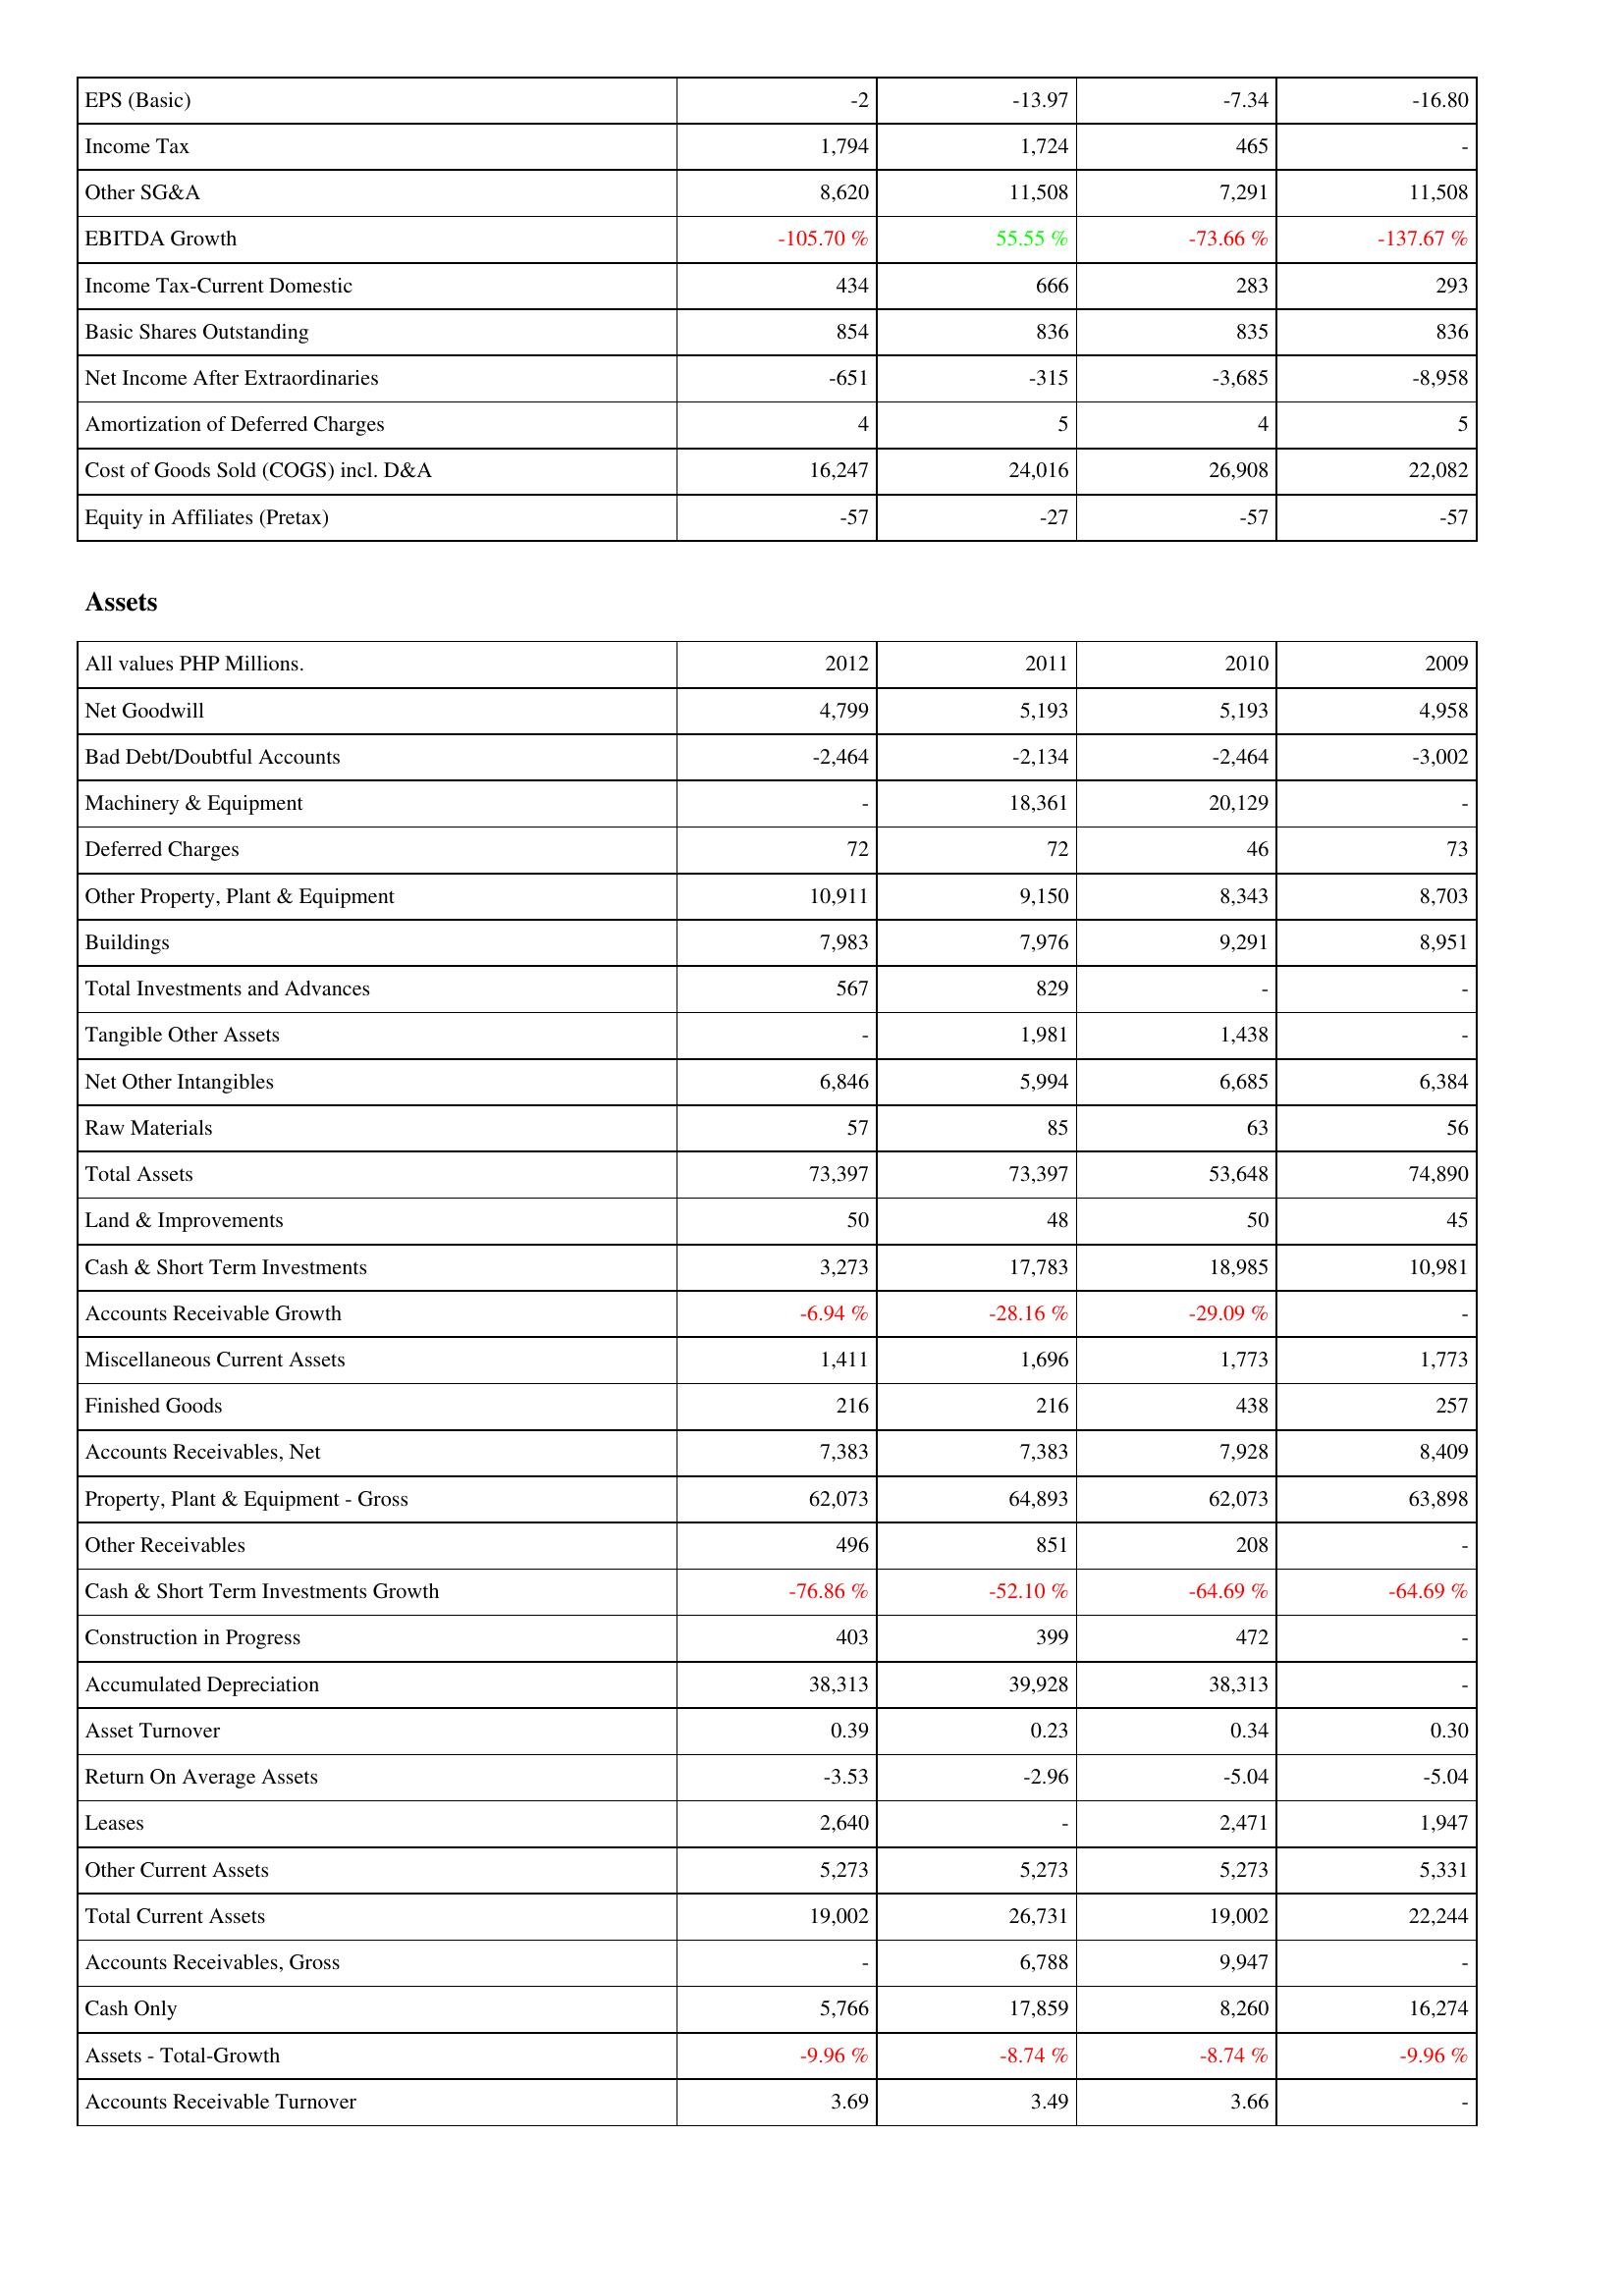
2012: Income Statement: EPS (Basic): -2
Income Tax: 1,794
Other SG&A: 8,620
EBITDA Growth: -105.70 %
Income Tax-Current Domestic: 434
Basic Shares Outstanding: 854
Net Income After Extraordinaries: -651
Amortization of Deferred Charges: 4
Cost of Goods Sold (COGS) incl. D&A: 16,247
Equity in Affiliates (Pretax): -57
Assets: Net Goodwill: 4,799
Bad Debt/Doubtful Accounts: -2,464
Machinery & Equipment: -
Deferred Charges: 72
Other Property, Plant & Equipment: 10,911
Buildings: 7,983
Total Investments and Advances: 567
Tangible Other Assets: -
Net Other Intangibles: 6,846
Raw Materials: 57
Total Assets: 73,397
Land & Improvements: 50
Cash & Short Term Investments: 3,273
Accounts Receivable Growth: -6.94 %
Miscellaneous Current Assets: 1,411
Finished Goods: 216
Accounts Receivables, Net: 7,383
Property, Plant & Equipment - Gross: 62,073
Other Receivables: 496
Cash & Short Term Investments Growth: -76.86 %
Construction in Progress: 403
Accumulated Depreciation: 38,313
Asset Turnover: 0.39
Return On Average Assets: -3.53
Leases: 2,640
Other Current Assets: 5,273
Total Current Assets: 19,002
Accounts Receivables, Gross: -
Cash Only: 5,766
Assets - Total-Growth: -9.96 %
Accounts Receivable Turnover: 3.69
2011: Income Statement: EPS (Basic): -13.97
Income Tax: 1,724
Other SG&A: 11,508
EBITDA Growth: 55.55 %
Income Tax-Current Domestic: 666
Basic Shares Outstanding: 836
Net Income After Extraordinaries: -315
Amortization of Deferred Charges: 5
Cost of Goods Sold (COGS) incl. D&A: 24,016
Equity in Affiliates (Pretax): -27
Assets: Net Goodwill: 5,193
Bad Debt/Doubtful Accounts: -2,134
Machinery & Equipment: 18,361
Deferred Charges: 72
Other Property, Plant & Equipment: 9,150
Buildings: 7,976
Total Investments and Advances: 829
Tangible Other Assets: 1,981
Net Other Intangibles: 5,994
Raw Materials: 85
Total Assets: 73,397
Land & Improvements: 48
Cash & Short Term Investments: 17,783
Accounts Receivable Growth: -28.16 %
Miscellaneous Current Assets: 1,696
Finished Goods: 216
Accounts Receivables, Net: 7,383
Property, Plant & Equipment - Gross: 64,893
Other Receivables: 851
Cash & Short Term Investments Growth: -52.10 %
Construction in Progress: 399
Accumulated Depreciation: 39,928
Asset Turnover: 0.23
Return On Average Assets: -2.96
Leases: -
Other Current Assets: 5,273
Total Current Assets: 26,731
Accounts Receivables, Gross: 6,788
Cash Only: 17,859
Assets - Total-Growth: -8.74 %
Accounts Receivable Turnover: 3.49
2010: Income Statement: EPS (Basic): -7.34
Income Tax: 465
Other SG&A: 7,291
EBITDA Growth: -73.66 %
Income Tax-Current Domestic: 283
Basic Shares Outstanding: 835
Net Income After Extraordinaries: -3,685
Amortization of Deferred Charges: 4
Cost of Goods Sold (COGS) incl. D&A: 26,908
Equity in Affiliates (Pretax): -57
Assets: Net Goodwill: 5,193
Bad Debt/Doubtful Accounts: -2,464
Machinery & Equipment: 20,129
Deferred Charges: 46
Other Property, Plant & Equipment: 8,343
Buildings: 9,291
Total Investments and Advances: -
Tangible Other Assets: 1,438
Net Other Intangibles: 6,685
Raw Materials: 63
Total Assets: 53,648
Land & Improvements: 50
Cash & Short Term Investments: 18,985
Accounts Receivable Growth: -29.09 %
Miscellaneous Current Assets: 1,773
Finished Goods: 438
Accounts Receivables, Net: 7,928
Property, Plant & Equipment - Gross: 62,073
Other Receivables: 208
Cash & Short Term Investments Growth: -64.69 %
Construction in Progress: 472
Accumulated Depreciation: 38,313
Asset Turnover: 0.34
Return On Average Assets: -5.04
Leases: 2,471
Other Current Assets: 5,273
Total Current Assets: 19,002
Accounts Receivables, Gross: 9,947
Cash Only: 8,260
Assets - Total-Growth: -8.74 %
Accounts Receivable Turnover: 3.66
2009: Income Statement: EPS (Basic): -16.80
Income Tax: -
Other SG&A: 11,508
EBITDA Growth: -137.67 %
Income Tax-Current Domestic: 293
Basic Shares Outstanding: 836
Net Income After Extraordinaries: -8,958
Amortization of Deferred Charges: 5
Cost of Goods Sold (COGS) incl. D&A: 22,082
Equity in Affiliates (Pretax): -57
Assets: Net Goodwill: 4,958
Bad Debt/Doubtful Accounts: -3,002
Machinery & Equipment: -
Deferred Charges: 73
Other Property, Plant & Equipment: 8,703
Buildings: 8,951
Total Investments and Advances: -
Tangible Other Assets: -
Net Other Intangibles: 6,384
Raw Materials: 56
Total Assets: 74,890
Land & Improvements: 45
Cash & Short Term Investments: 10,981
Accounts Receivable Growth: -
Miscellaneous Current Assets: 1,773
Finished Goods: 257
Accounts Receivables, Net: 8,409
Property, Plant & Equipment - Gross: 63,898
Other Receivables: -
Cash & Short Term Investments Growth: -64.69 %
Construction in Progress: -
Accumulated Depreciation: -
Asset Turnover: 0.30
Return On Average Assets: -5.04
Leases: 1,947
Other Current Assets: 5,331
Total Current Assets: 22,244
Accounts Receivables, Gross: -
Cash Only: 16,274
Assets - Total-Growth: -9.96 %
Accounts Receivable Turnover: -